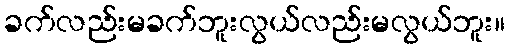
ခက်လည်းမခက်ဘူးလွယ်လည်းမလွယ်ဘူး။